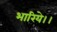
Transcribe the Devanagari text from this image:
भारिये।।